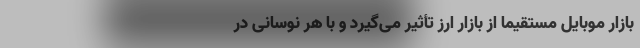
بازار موبایل مستقیما از بازار ارز تأثیر می‌گیرد و با هر نوسانی در